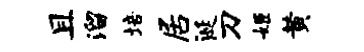
且溜培居涎刀姬黄